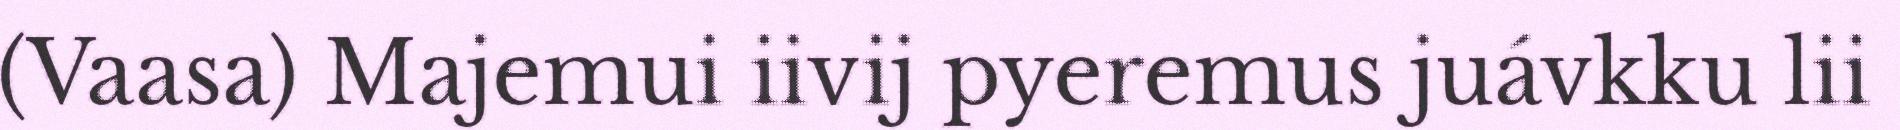
(Vaasa) Majemui iivij pyeremus juávkku lii